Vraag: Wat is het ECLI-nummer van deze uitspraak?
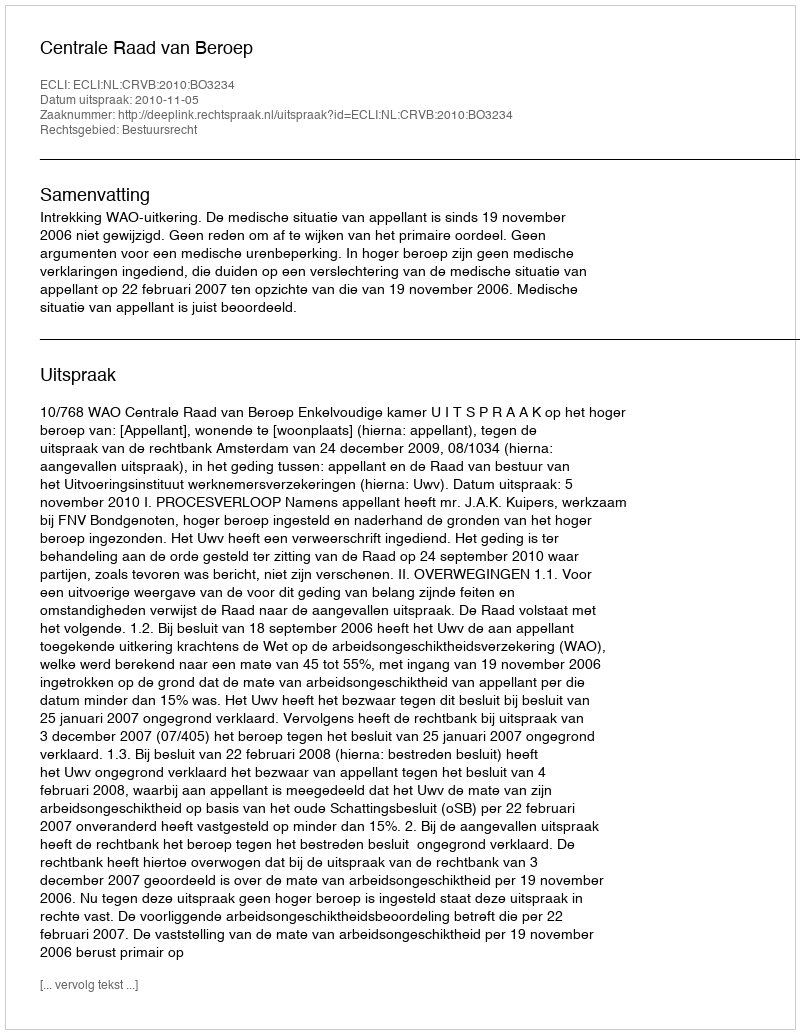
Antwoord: ECLI:NL:CRVB:2010:BO3234